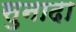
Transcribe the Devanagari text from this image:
सुनादा